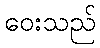
ဝေးသည်